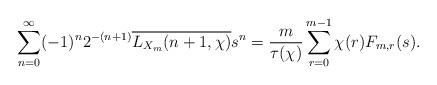
LaTeX: \begin{align*}\sum_{n=0}^{\infty}(-1)^n 2^{-(n+1)} \overline{L_{X_m}(n+1,\chi)}s^n = \frac{m}{\tau(\chi)} \sum_{r=0}^{m-1}\chi(r) F_{m,r}(s).\end{align*}